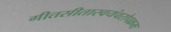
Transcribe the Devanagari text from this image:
गीतसीतास्वयंवरोपक्रमः